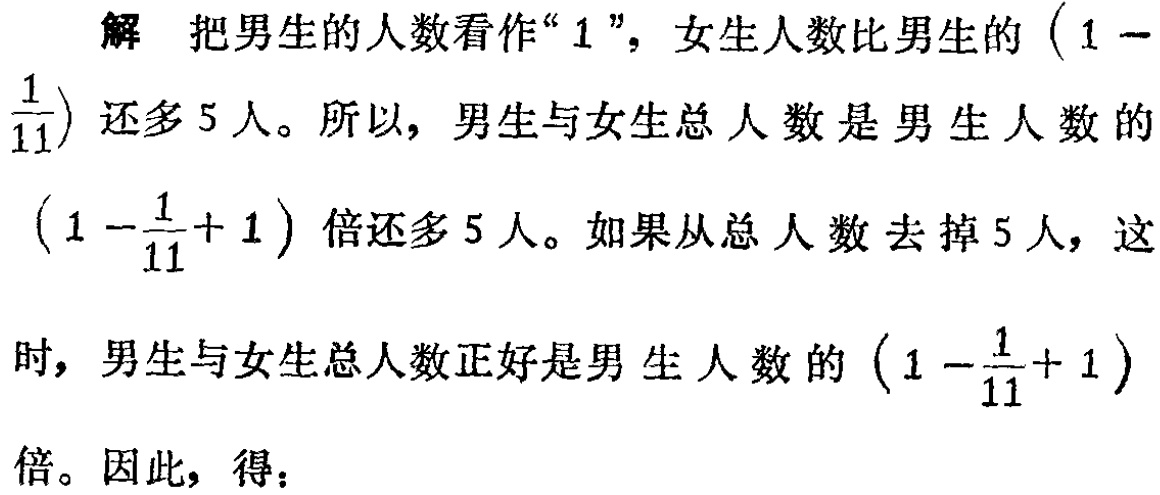
解 把男生的人数看作“$1$”，女生人数比男生的$\left(1 - \frac{1}{11}\right)$还多$5$人。所以，男生与女生总人数是男生人数的$\left(1 - \frac{1}{11}+ 1\right)$倍还多$5$人。如果从总人数去掉$5$人，这时，男生与女生总人数正好是男生人数的$\left(1 - \frac{1}{11}+ 1\right)$倍。因此，得：